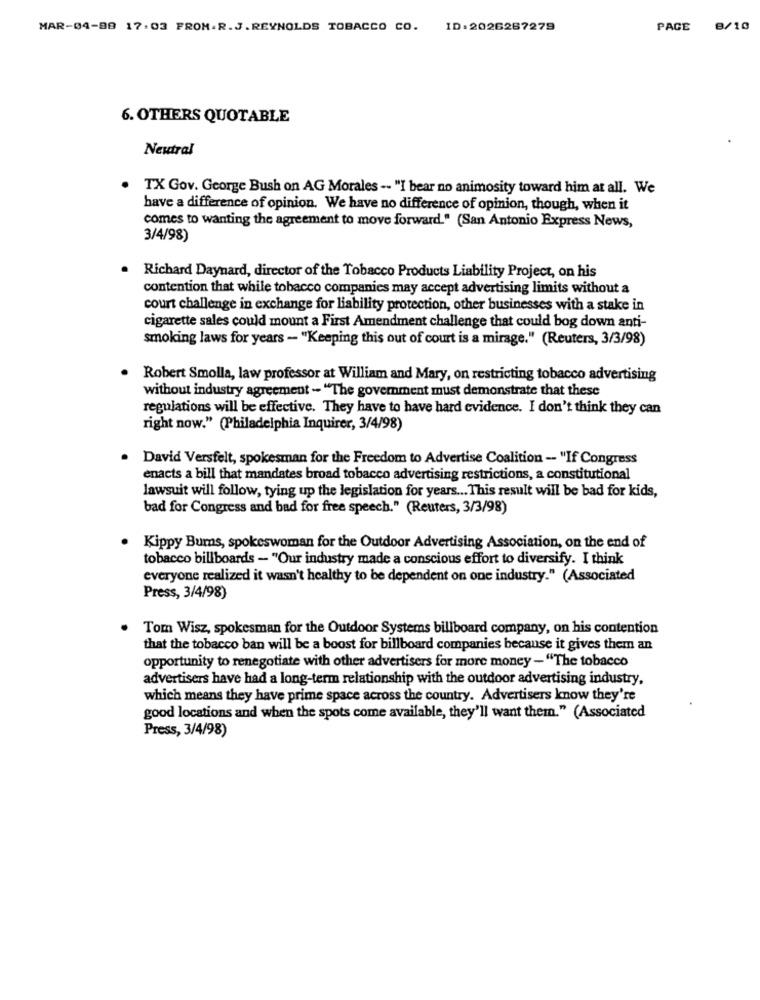
MAR-04-08 17:03 FROM.R.J.REYNOLDS TOBACCO CO. ID:2026267279
PACE 8/10
6. OTHERS QUOTABLE
Neutral
. TX Gov. George Bush on AG Morales -- "I bear no animosity toward him at all. We
have a difference of opinion. We have no difference of opinion, though, when it
comes to wanting the agreement to move forward." (San Antonio Express News,
3/4/98)
Richard Daynard, director of the Tobacco Products Liability Project, on his
contention that while tobacco companies may accept advertising limits without a
court challenge in exchange for liability protection, other businesses with a stake in
cigarette sales could mount a First Amendment challenge that could bog down anti-
smoking laws for years - "Keeping this out of court is a mirage." (Reuters, 3/3/98)
Robert Smolla, law professor at William and Mary, on restricting tobacco advertising
without industry agreement - "The government must demonstrate that these
regulations will be effective. They have to have hard evidence. I don't think they can
right now." (Philadelphia Inquirer, 3/4/98)
. David Versfelt, spokesman for the Freedom to Advertise Coalition -- "If Congress
enacts a bill that mandates broad tobacco advertising restrictions, a constitutional
lawsuit will follow, tying up the legislation for years ... This result will be bad for kids,
bad for Congress and bad for free speech." (Reuters, 3/3/98)
. Kippy Bums, spokeswoman for the Outdoor Advertising Association, on the end of
tobacco billboards - "Our industry made a conscious effort to diversify. I think
everyone realized it wasn't healthy to be dependent on one industry." (Associated
Press, 3/4/98)
Tom Wisz, spokesman for the Outdoor Systems billboard company, on his contention
that the tobacco ban will be a boost for billboard companies because it gives them an
opportunity to renegotiate with other advertisers for more money -"The tobacco
advertisers have had a long-term relationship with the outdoor advertising industry,
which means they have prime space across the country. Advertisers know they're
good locations and when the spots come available, they'll want them." (Associated
Press, 3/4/98)